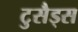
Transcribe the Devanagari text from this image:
टुसैड्स